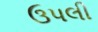
ઉપલી